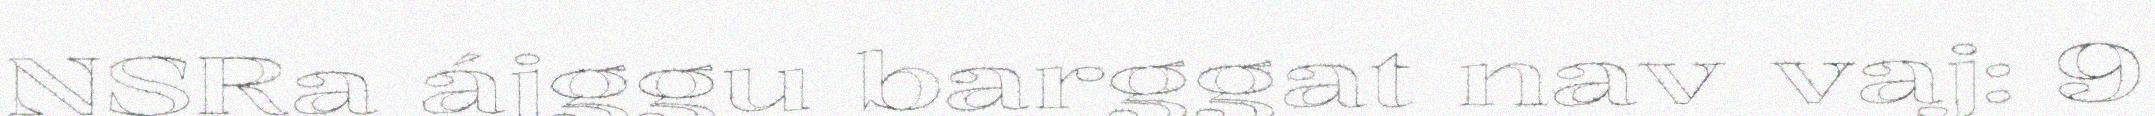
NSRa ájggu barggat nav vaj: 9